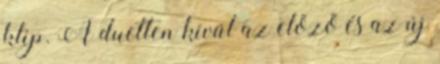
klip. A duetten kívül az előző és az új